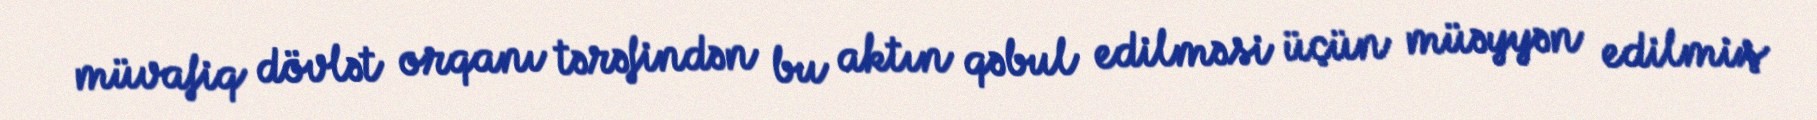
müvafiq dövlət orqanı tərəfindən bu aktın qəbul edilməsi üçün müəyyən edilmiş